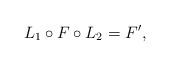
LaTeX: \begin{align*}L_1 \circ F \circ L_2 = F',\end{align*}